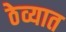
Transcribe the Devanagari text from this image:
ठेव्यात